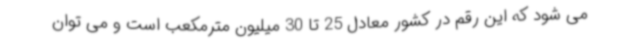
می شود که این رقم در کشور معادل 25 تا 30 میلیون مترمکعب است و می توان